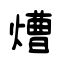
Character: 㷮